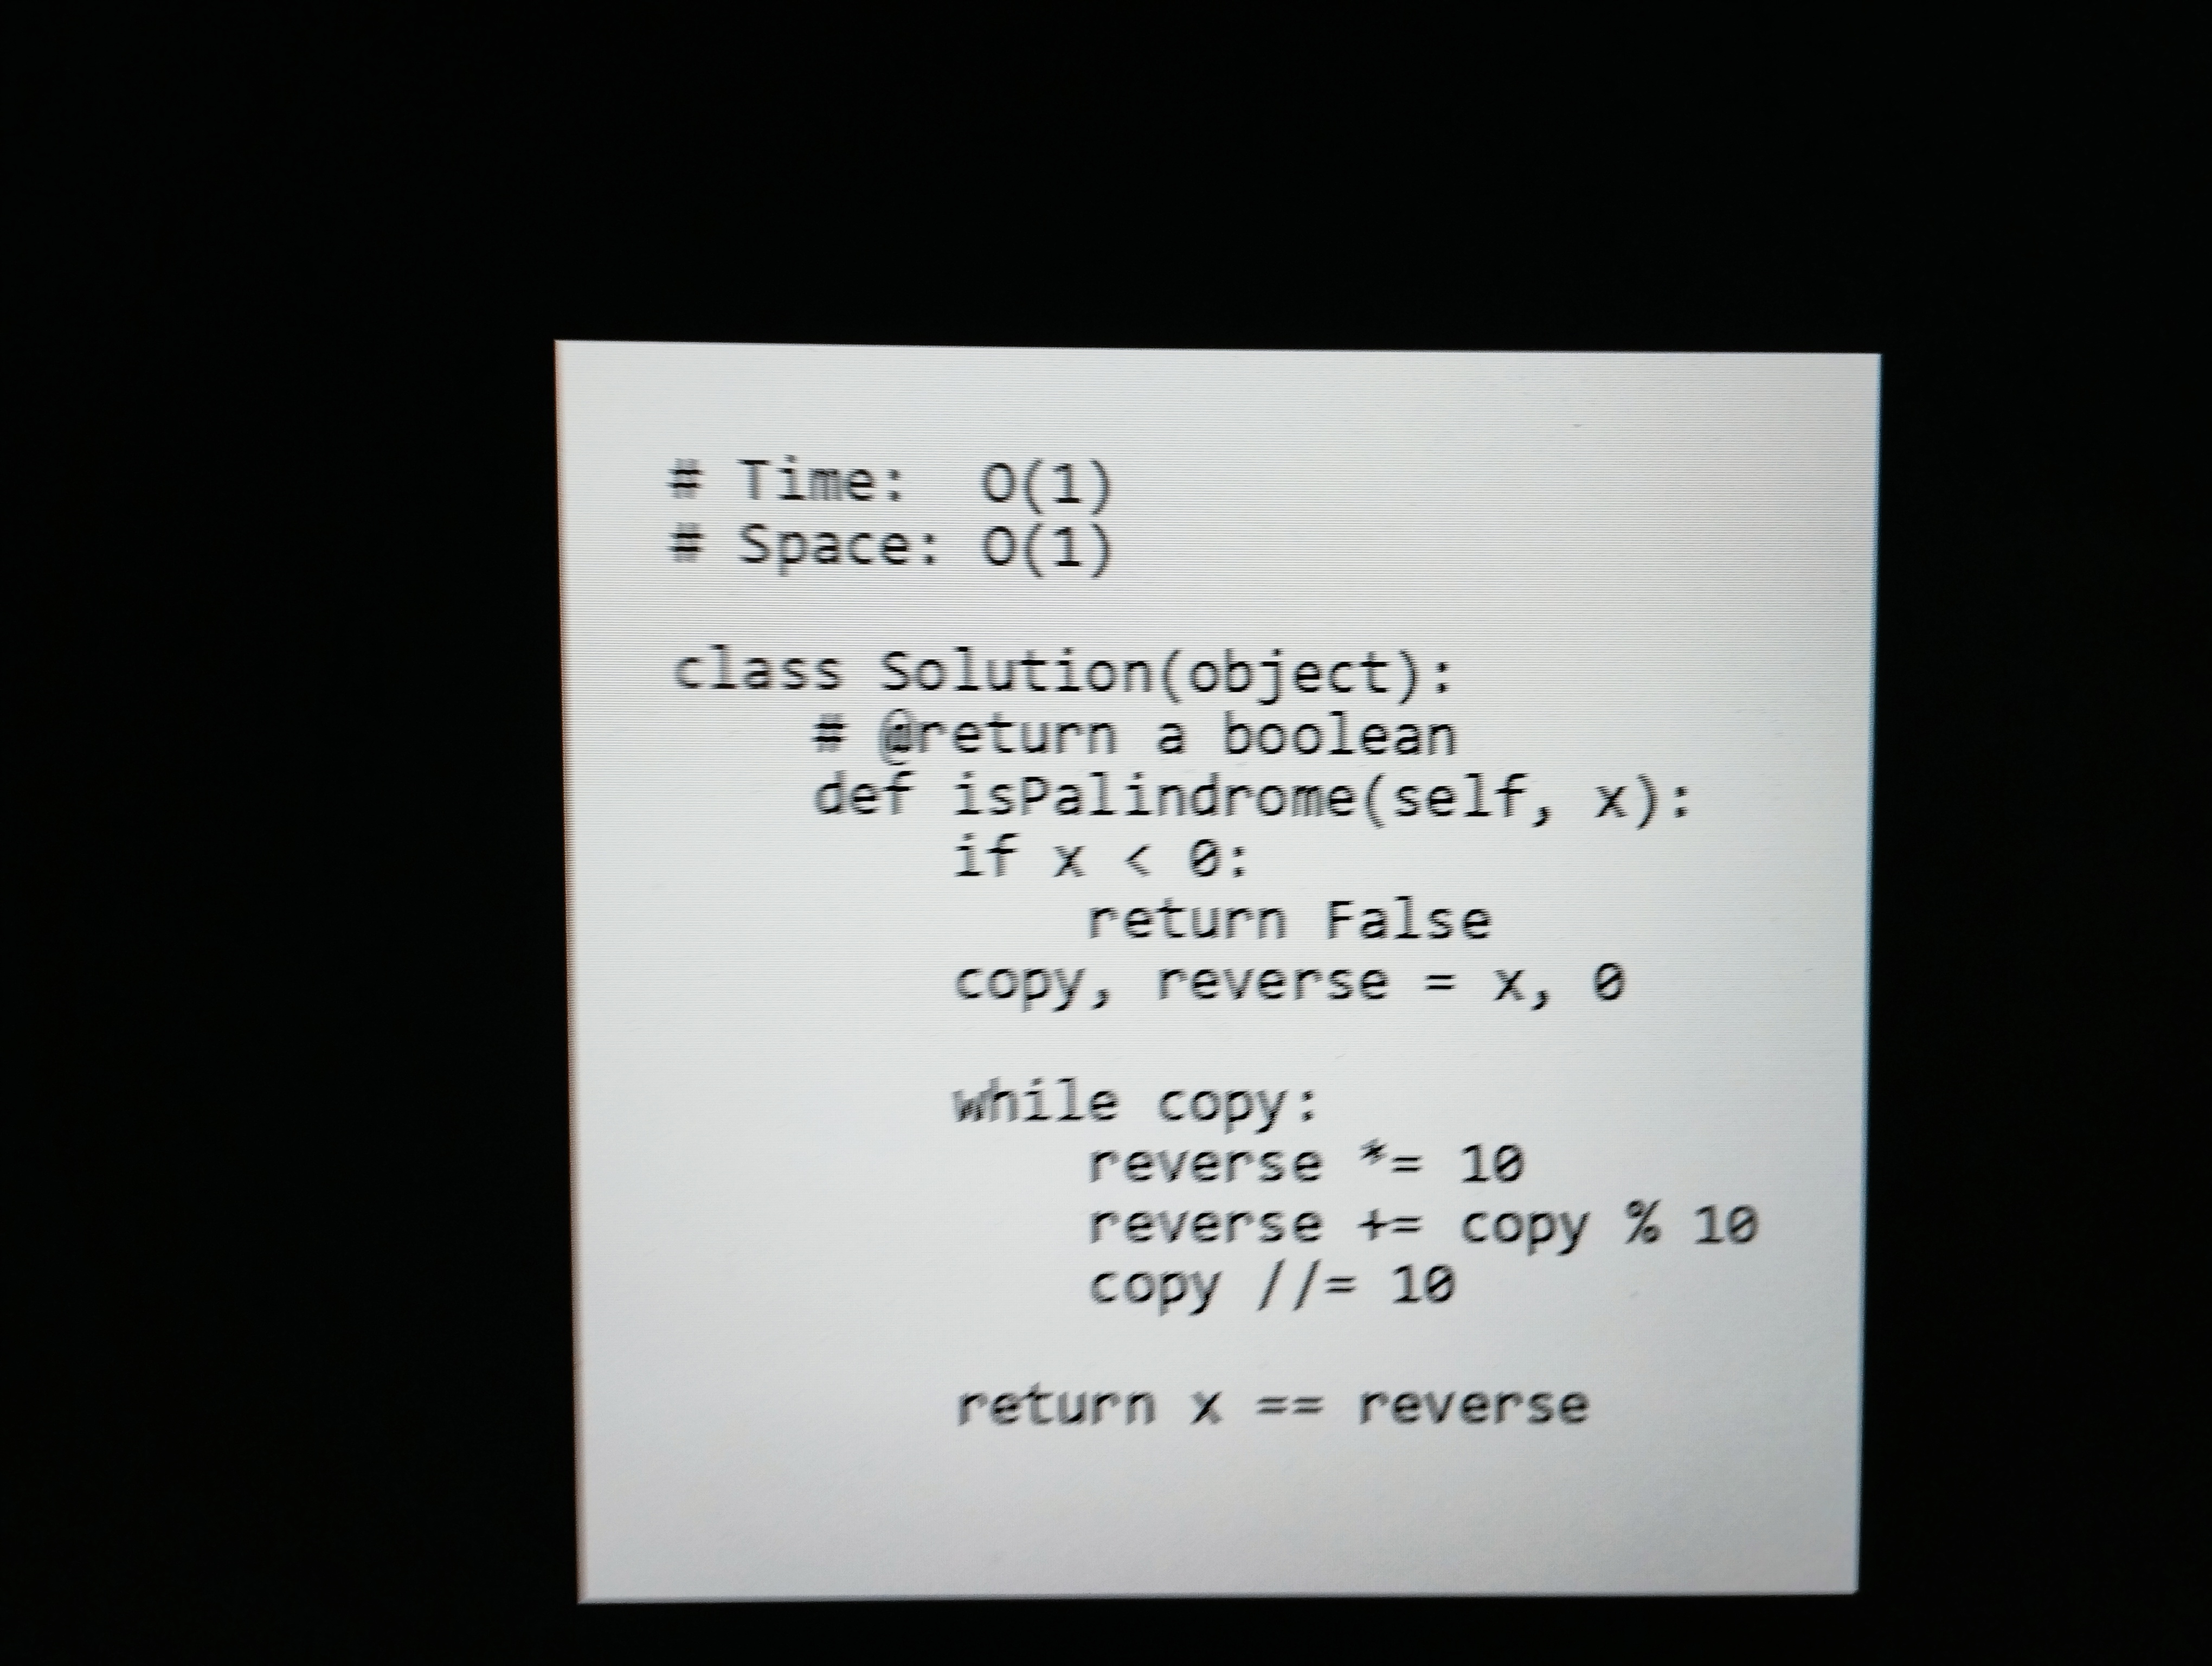
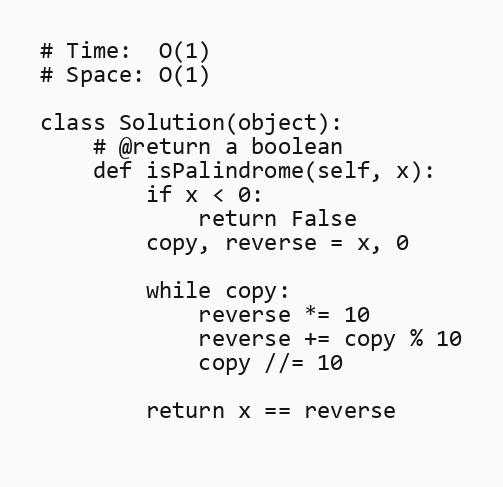
# Time:  O(1)
# Space: O(1)

class Solution(object):
    # @return a boolean
    def isPalindrome(self, x):
        if x < 0:
            return False
        copy, reverse = x, 0

        while copy:
            reverse *= 10
            reverse += copy % 10
            copy //= 10

        return x == reverse